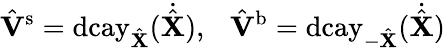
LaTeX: \hat{\mathbf{V}}{^{\mathrm{s}}}=\mathrm{dcay}_{\hat{\mathbf{X}}}(\dot{\hat{\mathbf{X}}}),\ \ \ \hat{\mathbf{V}}{^{\mathrm{b}}}=\mathrm{dcay}_{-\hat{\mathbf{X}}}(\dot{\hat{\mathbf{X}}})